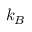
k _ { B }